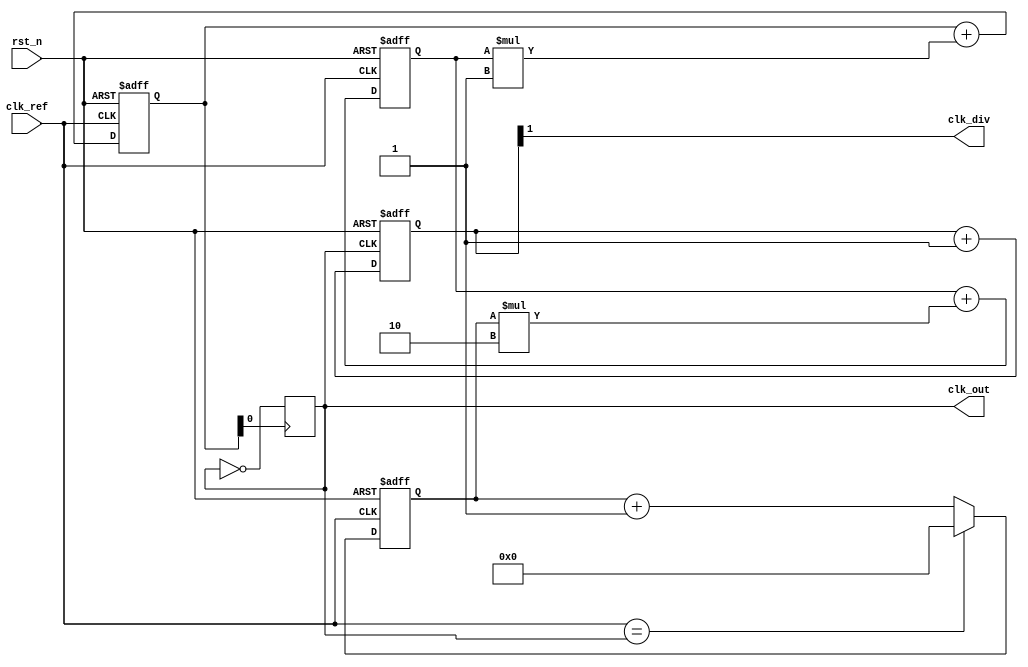
module dual_loop_pll (
    input wire clk_ref,          // Reference clock input
    input wire rst_n,           // Active low reset
    output wire clk_out,        // Output clock
    output wire clk_div         // Divided clock output
);
    // Parameters
    parameter DIV_RATIO = 4;         // Frequency division ratio
    parameter INNER_LOOP_GAIN = 2;   // Gain for inner loop
    parameter OUTER_LOOP_GAIN = 1;   // Gain for outer loop

    // Signals
    reg [3:0] phase_error;    // Phase error signal
    reg [7:0] charge_pump_out; // Charge pump output voltage
    reg [7:0] loop_filter_out; // Loop filter output voltage
    reg clk_vco;              // VCO output clock

    // Phase Detector
    always @(posedge clk_ref or negedge rst_n) begin
        if (!rst_n)
            phase_error <= 4'b0; // Reset phase error
        else begin
            // Simple phase detection logic
            // This is a placeholder; actual implementation may vary
            if (clk_ref == clk_vco) 
                phase_error <= 4'b0000; // No phase error
            else
                phase_error <= phase_error + 1; // Adjust phase error
        end
    end

    // Charge Pump
    always @(posedge clk_ref or negedge rst_n) begin
        if (!rst_n)
            charge_pump_out <= 8'b0; // Reset charge pump output
        else begin
            // Adjust charge based on phase error
            charge_pump_out <= charge_pump_out + (phase_error * INNER_LOOP_GAIN);
        end
    end

    // Loop Filter
    always @(posedge clk_ref or negedge rst_n) begin
        if (!rst_n)
            loop_filter_out <= 8'b0; // Reset loop filter output
        else begin
            // Integrate the output voltage
            loop_filter_out <= loop_filter_out + charge_pump_out * OUTER_LOOP_GAIN;
        end
    end

    // Voltage-Controlled Oscillator (VCO)
    always @(posedge loop_filter_out[0]) begin // Example using LSB for clock generation
        clk_vco <= ~clk_vco; // Toggle VCO output
    end

    // Frequency Divider
    reg [1:0] counter;
    always @(posedge clk_vco or negedge rst_n) begin
        if (!rst_n) begin
            counter <= 2'b0;
        end else begin
            counter <= counter + 1;
        end
    end

    assign clk_out = clk_vco;
    assign clk_div = counter[1]; // Divide by 4 for output

endmodule